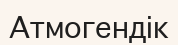
Атмогендік